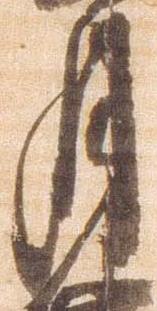
月